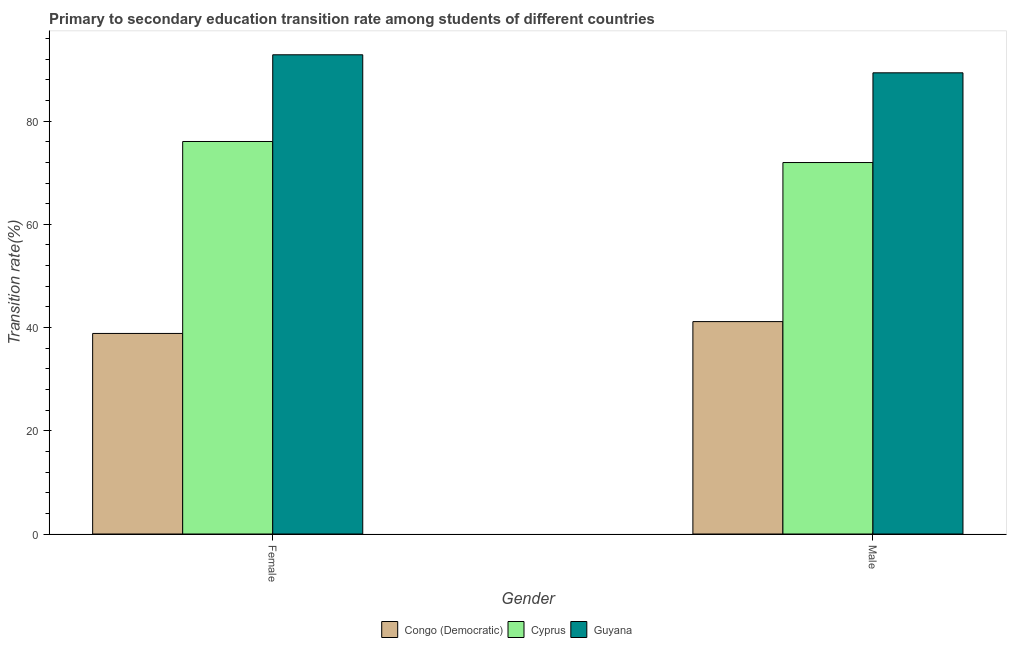
| Gender | Congo (Democratic) | Cyprus | Guyana |
 | --- | --- | --- | --- |
 | Female | 38.9 | 76 | 92.8 |
 | Male | 41.1 | 72 | 89.3 |